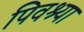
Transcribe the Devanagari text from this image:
पिवश्या